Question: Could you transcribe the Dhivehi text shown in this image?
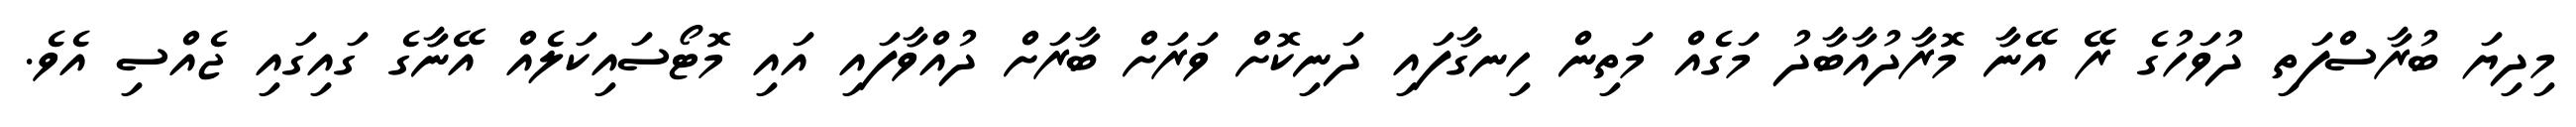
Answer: މިދިޔަ ބުރާސްފަތި ދުވަހުގެ ރޭ އޭނާ މޮރާދުއާބާދު މަގެއް މަތިން ހިނގާފައި ދަނިކޮށް ވަރަށް ބާރަށް ދުއްވާފައި އައި މޮޓޯސައިކަލެއް އޭނާގެ ގައިގައި ޖެއްސި އެވެ.